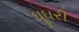
ઘૂઘરી